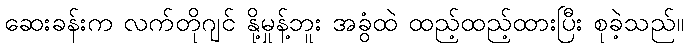
ဆေးခန်းက လက်တိုဂျင် နို့မှုန့်ဘူး အခွံထဲ ထည့်ထည့်ထားပြီး စုခဲ့သည်။